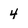
Character: 4